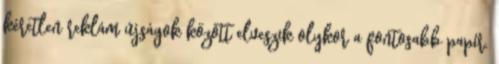
kéretlen reklám újságok között elveszik olykor a fontosabb papír.